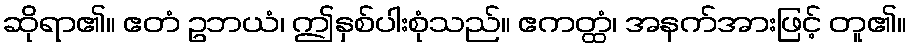
ဆိုရာ၏။ ဧတံ ဥဘယံ၊ ဤနှစ်ပါးစုံသည်။ ဧကတ္ထံ၊ အနက်အားဖြင့် တူ၏။